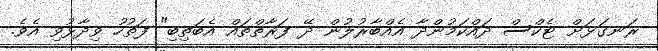
ރަނގަޅަށް ޓެކްސް ދައްކަމުންދާ އެއްބާރުލުން ދޭ ފަރާތްތައް އެބަތިބި" ފަތުހު ވިދާޅުވި އެވެ.